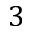
3